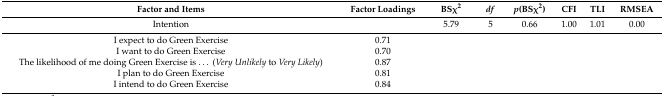
<table><thead><tr><td><b>Factor and Items</b></td><td><b>Factor Loadings</b></td><td><b>BSχ<sup>2</sup></b></td><td><b><i>df</i></b></td><td><b><i>p</i>(BSχ<sup>2</sup>)</b></td><td><b>CFI</b></td><td><b>TLI</b></td><td><b>RMSEA</b></td></tr></thead><tbody><tr><td>Intention</td><td></td><td>5.79</td><td>5</td><td>0.66</td><td>1.00</td><td>1.01</td><td>0.00</td></tr><tr><td>I expect to do Green Exercise</td><td>0.71</td><td></td><td></td><td></td><td></td><td></td><td></td></tr><tr><td>I want to do Green Exercise</td><td>0.70</td><td></td><td></td><td></td><td></td><td></td><td></td></tr><tr><td>The likelihood of me doing Green Exercise is...(<i>Very Unlikely</i> to <i>Very Likely</i>)</td><td>0.87</td><td></td><td></td><td></td><td></td><td></td><td></td></tr><tr><td>I plan to do Green Exercise</td><td>0.81</td><td></td><td></td><td></td><td></td><td></td><td></td></tr><tr><td>I intend to do Green Exercise</td><td>0.84</td><td></td><td></td><td></td><td></td><td></td><td></td></tr></tbody></table>